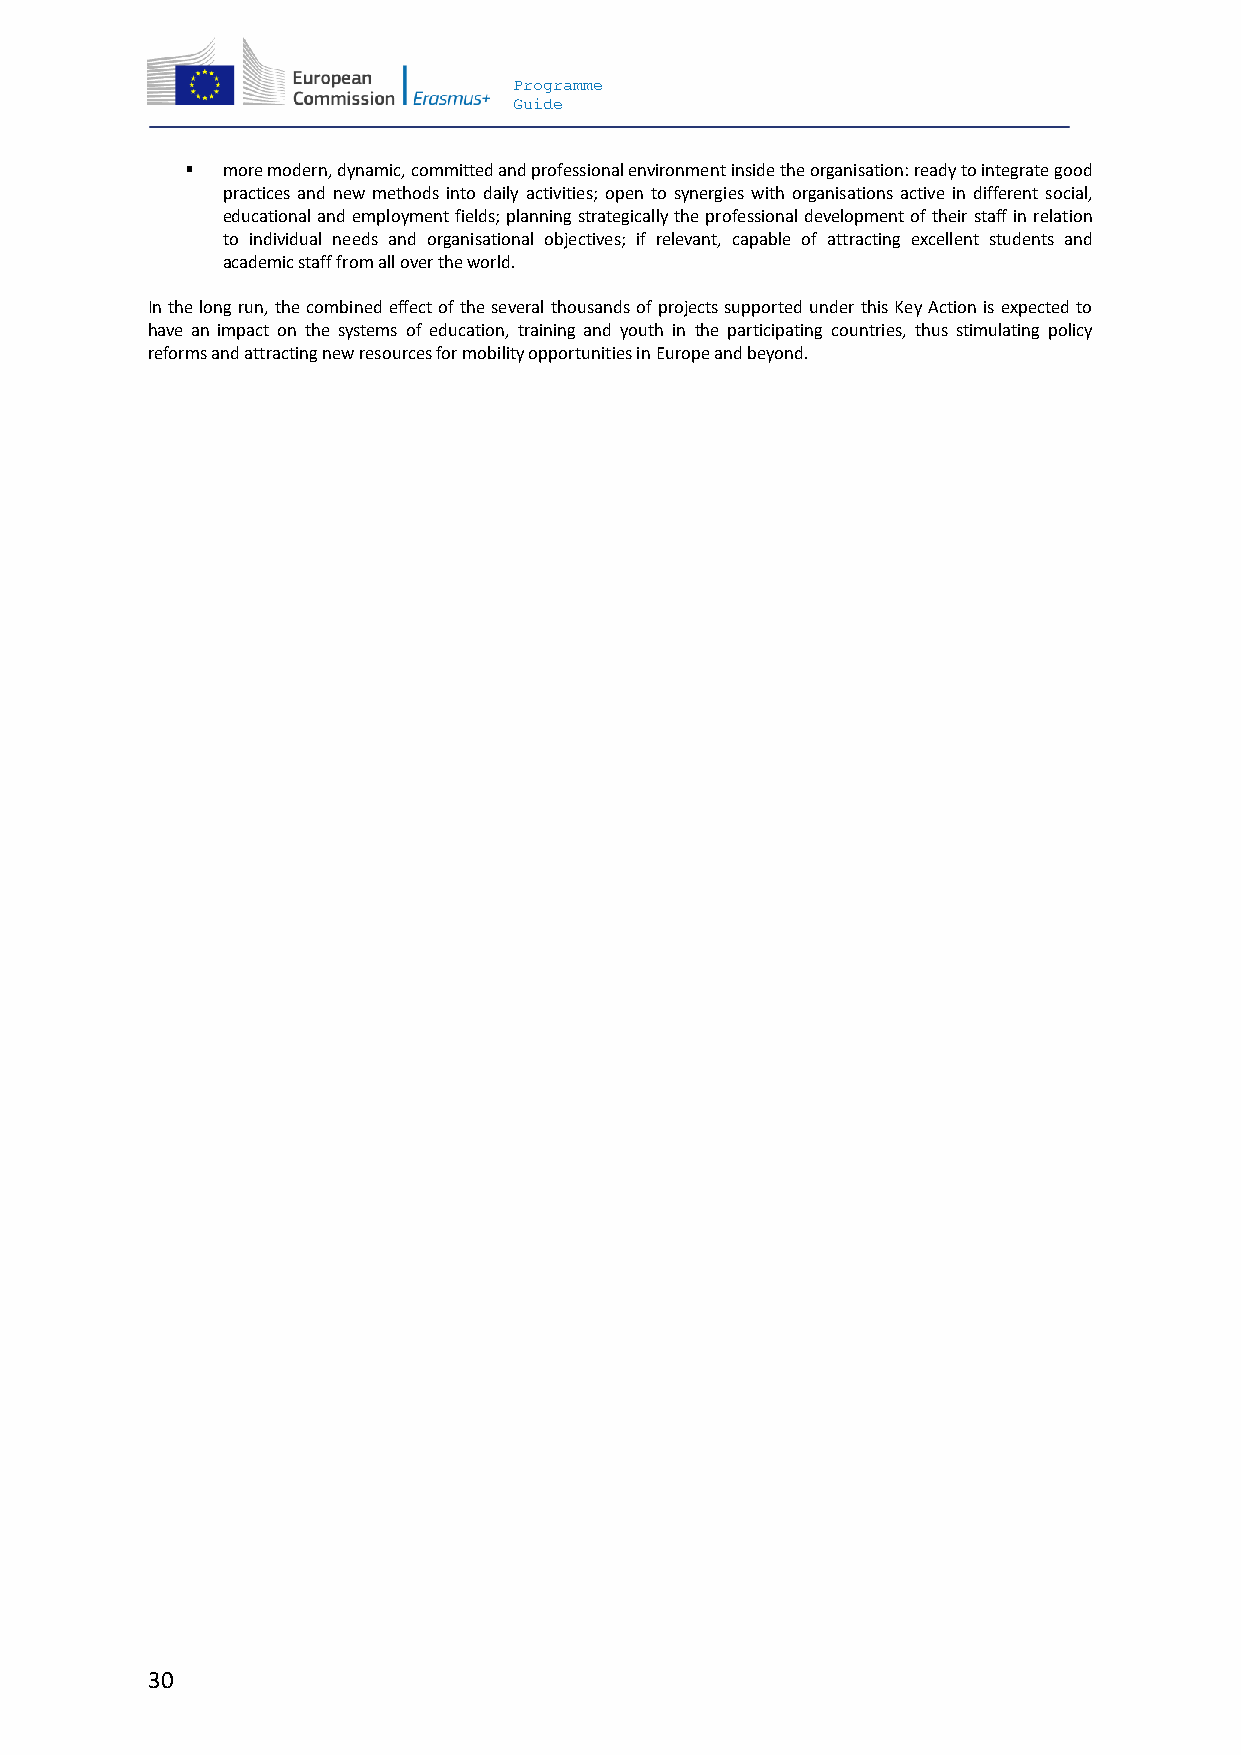
Programme
 Guide
   more modern, dynamic, committed and professional environment inside the organisation: ready to integrate good
 practices and new methods into daily activities; open to synergies with organisations active in different social,
 educational and employment fields; planning strategically the professional development of their staff in relation
 to individual needs and organisational objectives; if relevant, capable of attracting excellent students and
 academic staff from all over the world.
 In the long run, the combined effect of the several thousands of projects supported under this Key Action is expected to
 have an impact on the systems of education, training and youth in the participating countries, thus stimulating policy
 reforms and attracting new resources for mobility opportunities in Europe and beyond.
 30